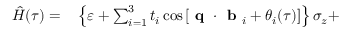
\begin{array} { r l } { \hat { H } ( \tau ) = } & { { } \left\{ \varepsilon + \sum _ { i = 1 } ^ { 3 } t _ { i } \cos \left[ \textbf { q } \cdot \textbf { b } _ { i } + \theta _ { i } ( \tau ) \right] \right\} \sigma _ { z } + } \end{array}